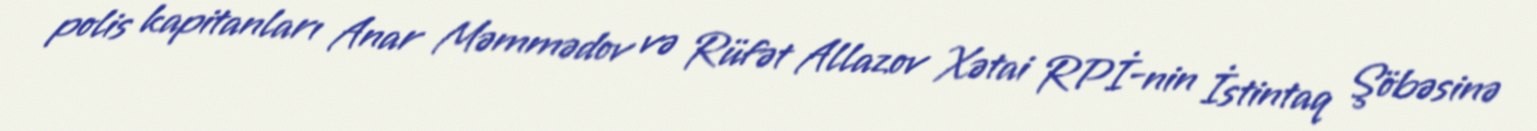
polis kapitanları Anar Məmmədov və Rüfət Allazov Xətai RPİ-nin İstintaq Şöbəsinə